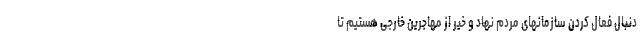
دنبال فعال کردن سازمانهای مردم نهاد و خیر از مهاجرین خارجی هستیم تا